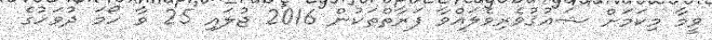
ވީމާ މިކަމަށް ޝައުޤުވެރިވެލައްވާ ފަރާތްތަކުން 2016 ޖުލައި 25 ވާ ހޯމަ ދުވަހުގެ